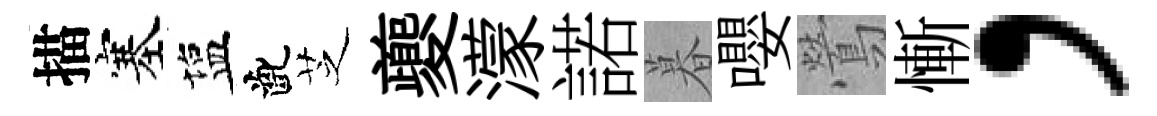
描塞塩齔芝夔濛諾暮嚶鶯慚，